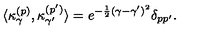
\langle \kappa _ { \gamma } ^ { ( p ) } , \kappa _ { \gamma ^ { \prime } } ^ { ( p ^ { \prime } ) } \rangle = e ^ { - { \frac { 1 } { 2 } } ( \gamma - \gamma ^ { \prime } ) ^ { 2 } } \delta _ { p p ^ { \prime } } .